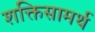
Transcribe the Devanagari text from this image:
शक्तिसामर्थ